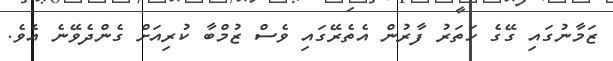
ޒަމާނުގައި ގޭގެ ހަތަރު ފާރުން އެތެރޭގައި ވެސް ޒުމްބާ ކުރިއަށް ގެންދެވޭނެ އެވެ.